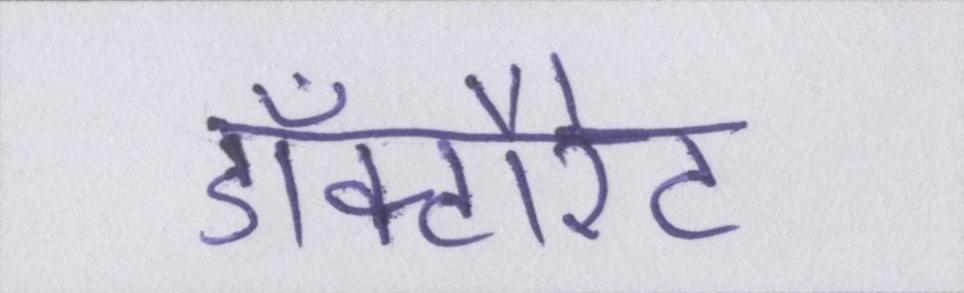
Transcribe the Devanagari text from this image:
डॉक्टौरेट